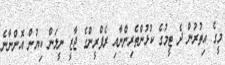
މީގެ އިތުރުން ދެ ޓީމުގެ ކުޅުންތެރިންނާއި ރެފްރީންގެ ޖާޒީ ނީލަން ކިޔުން އޮންނާނެ